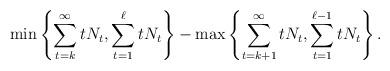
LaTeX: \begin{align*}\min\left\{\sum_{t = k}^\infty tN_t, \sum_{t = 1}^\ell tN_t\right\} - \max\left\{\sum_{t = k + 1}^\infty tN_t, \sum_{t = 1}^{\ell - 1} tN_t\right\}.\end{align*}